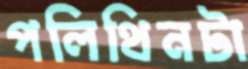
পলিথিনটা